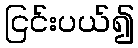
ငြင်းပယ်၍